NAE_kihelkonnakohtute_kirjad_ja_protokollid_1869-1889, lk 6
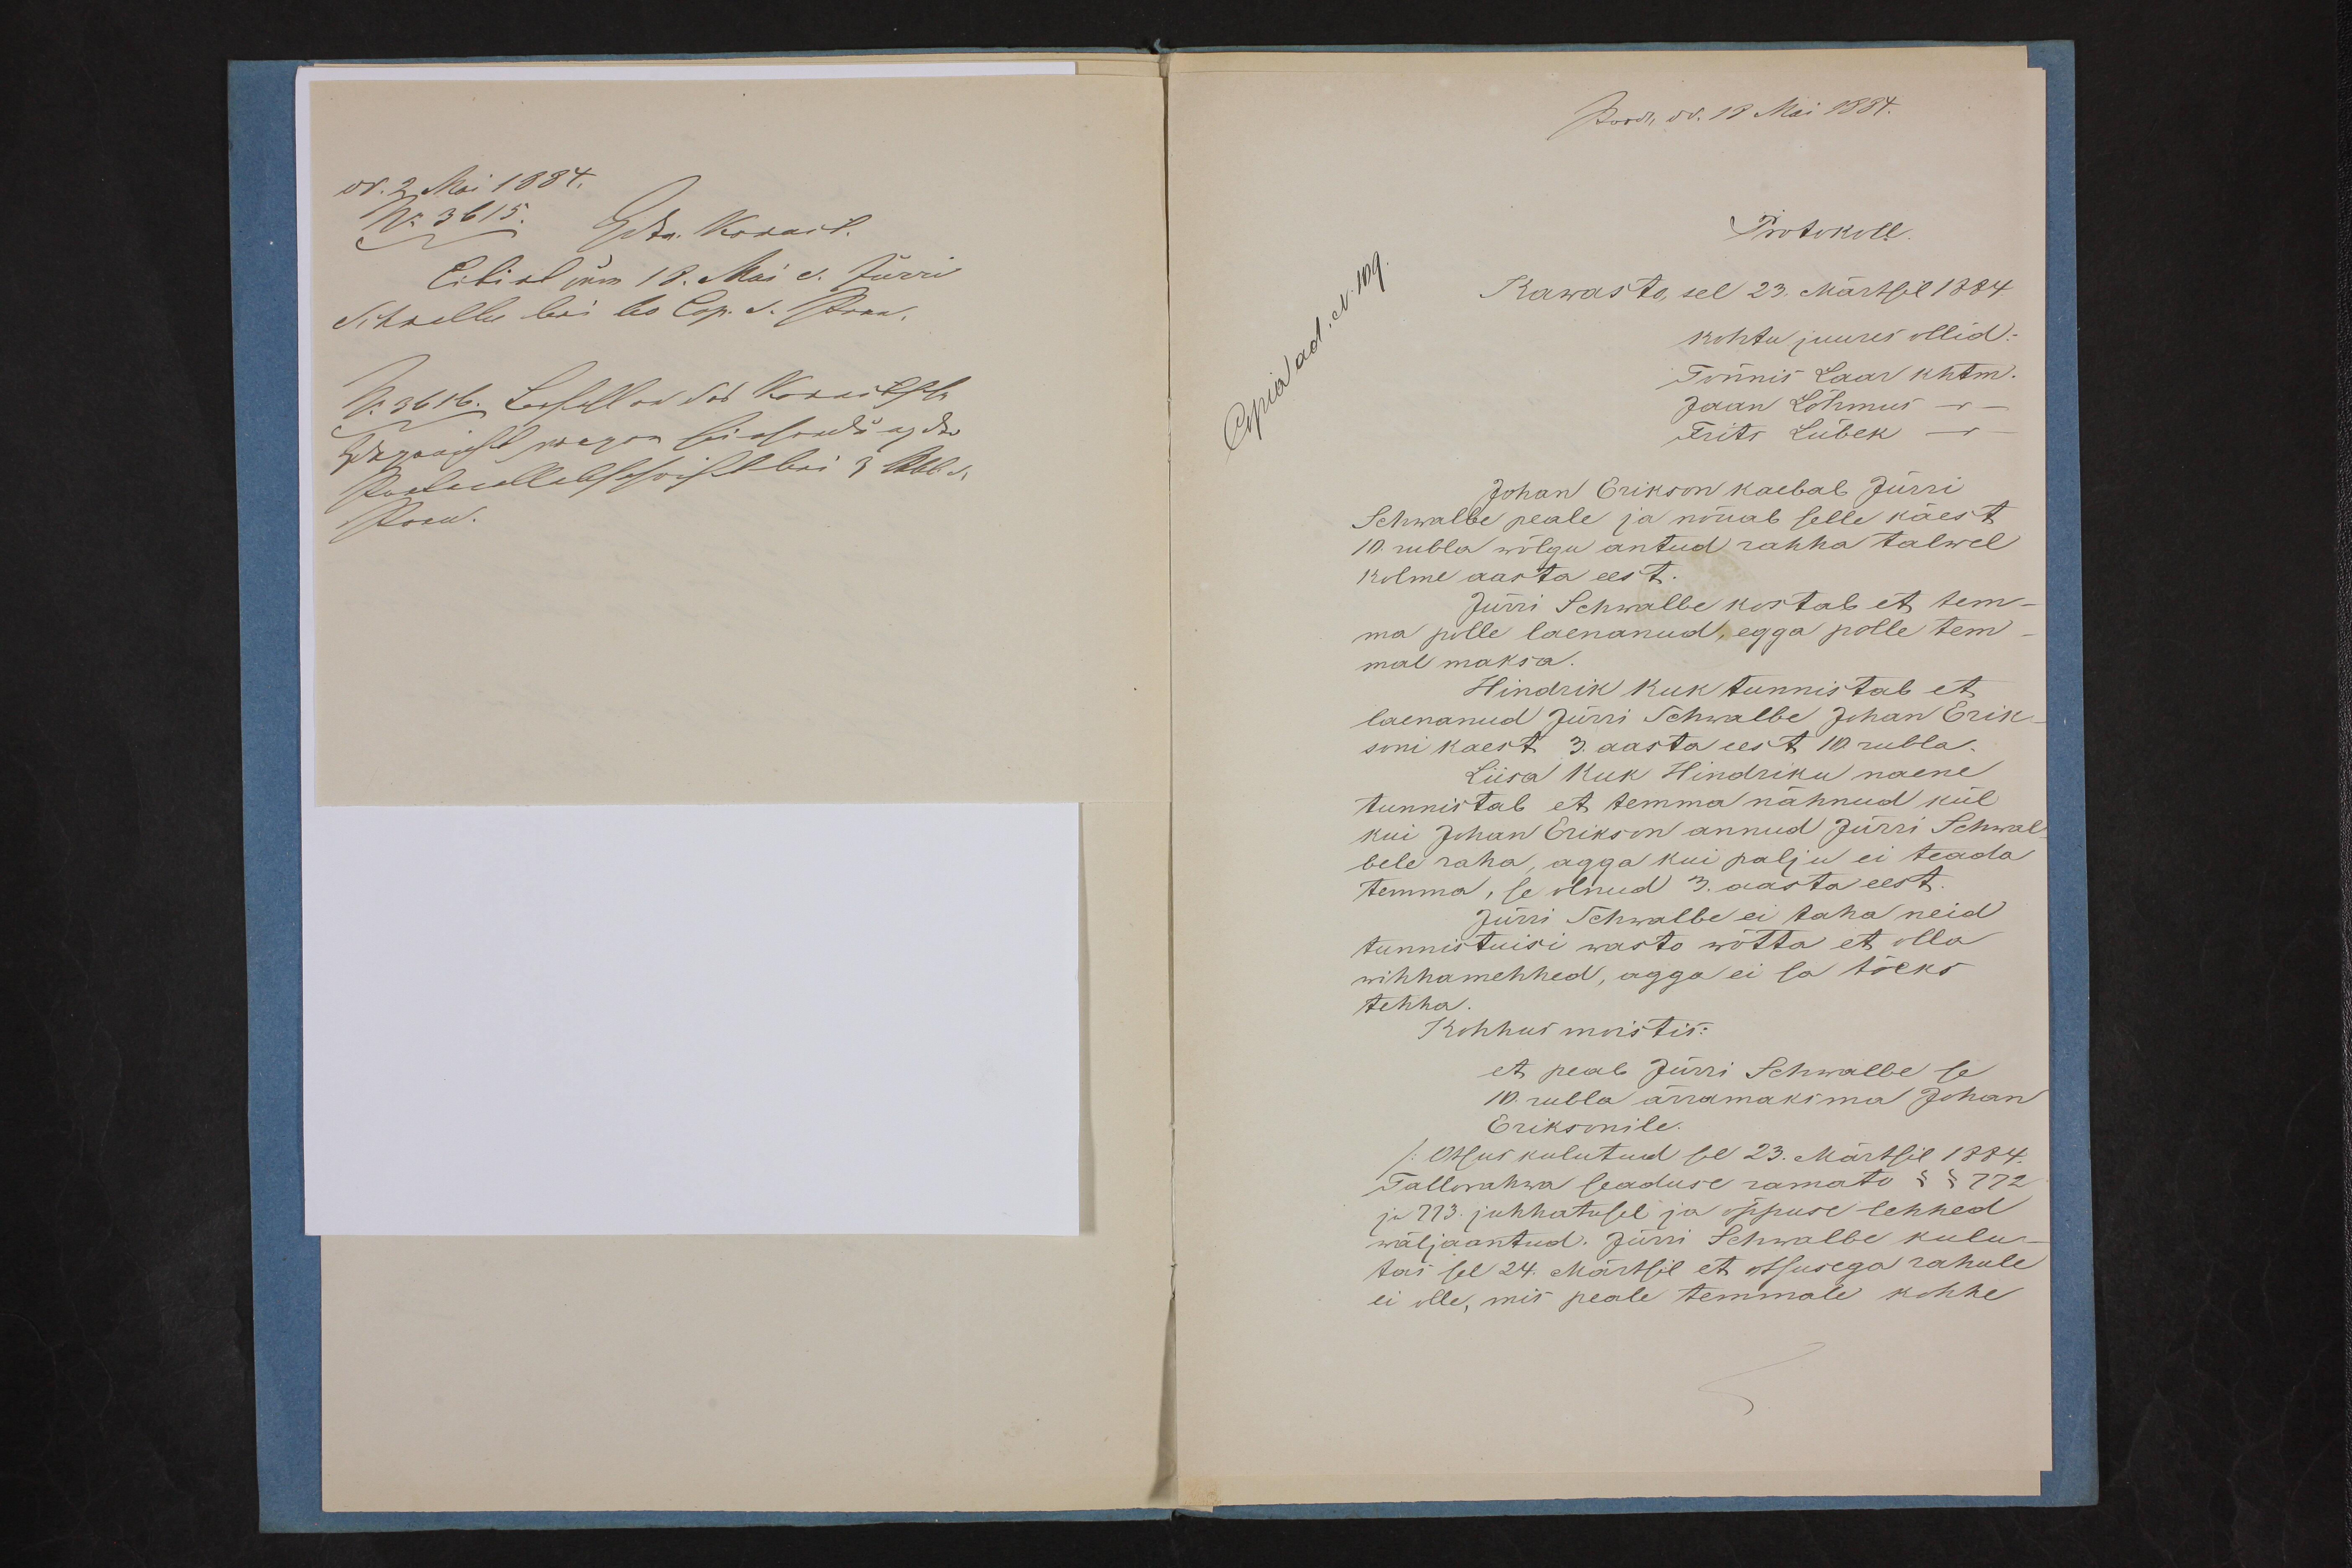
Protokoll.
Kawasto sel 23. Märtsil 1884
kohtu juures ollid.
Tõnnis Laar khtm.
Jaan Lõhmus -
Frits Lübek -
Johan Erikson kaebab Jürri
Schwalbe peale ja nõuab selle käest
10 rubla wõlgu antud rahha talwel
kolme aarta eest.
Jürri Schwalbe kostab et tem-
ma polle laenanud, egga polle tem
mal maksa
Hindrik Kuk tunnistab et
laenanud Jürri Schwalbe Johan Erik
soni kaest 3 aasta eest 10 rubla.
Liisa Kuk Hindriku naene
tunnistab et temma nähnud kül
kui Johan Erikson annud Jürri Schwal-
bele raha, agga kui palju ei teada
temma, se olnud 3. aasta eest.
Jurri Schwalbe ei taha neid
tunnistuisi wasto wõtta et olla
wihhamehhed, agga ei sa tõeks
tehha
Kohhus mõistis:
et peab Jürri Schwalbe se
10 rubla äramaksma Johan
Eriksonile.
Otsus kulutud se 23. Märtsil 1884.
Tallorahwa seaduse ramatu § § 772
ja 773. juhhatusel ja õppuse lehhed
wäljaantud. Jürri Schwalbe kulu-
tas sel 24. Märtsil et otsusega rahule
ei olle, mis peale temmale kohhe